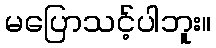
မပြောသင့်ပါဘူး။